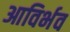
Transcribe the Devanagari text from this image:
आविर्भव